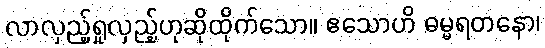
လာလှည့်ရှုလှည့်ဟုဆိုထိုက်သော။ ဧသောဟိ ဓမ္မရတနော၊